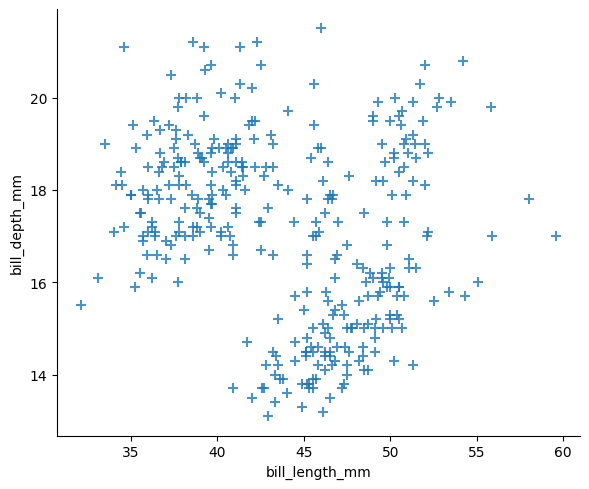
python, seaborn, lmplot, aspect=1.2, order=2, markers='+'